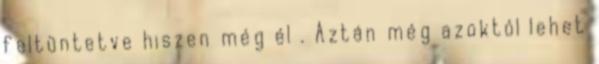
feltüntetve hiszen még él . Aztán még azoktól lehet